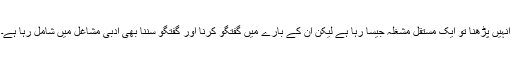
انہیں پڑھنا تو ایک مستقل مشغلہ جیسا رہا ہے لیکن ان کے بارے میں گفتگو کرنا اور گفتگو سننا بھی ادبی مشاغل میں شامل رہا ہے۔